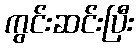
ကွင်းဆင်းပြီး